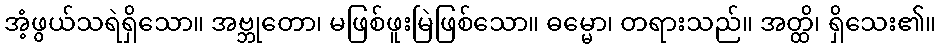
အံ့ဖွယ်သရဲရှိသော။ အဗ္ဘုတော၊ မဖြစ်ဖူးမြဲဖြစ်သော။ ဓမ္မော၊ တရားသည်။ အတ္ထိ၊ ရှိသေး၏။